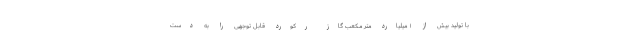
با تولید بیش از ۱ میلیارد متر مکعب گاز رکورد قابل توجهی را به دست